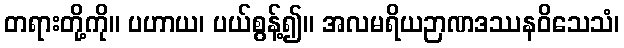
တရားတို့ကို။ ပဟာယ၊ ပယ်စွန့်၍။ အလမရိယဉာဏဒဿနဝိသေသံ၊